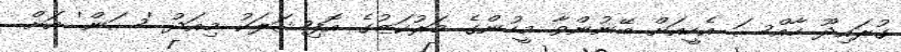
ގުރައިދޫ ހާއްސަ އެހީއަށް ބޭނުންވާ މީހުންގެ މަރުކަޒުގެ އޮފިޝަލަކު މިއަދު 'ސަން' އަށް